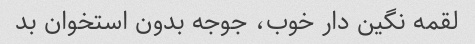
لقمه نگین دار خوب، جوجه بدون استخوان بد